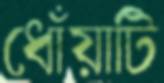
ধোঁয়াটি